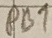
Text: PB1